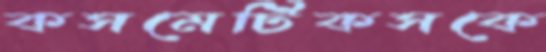
কসমেটিকসকে